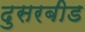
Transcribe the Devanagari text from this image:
दुसरबीड